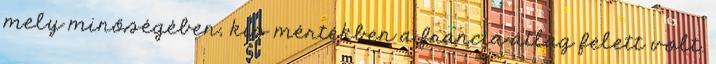
mely minőségében, kis mértékben a francia átlag felett volt.